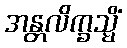
အန္တလိက္ခသ္မိံ